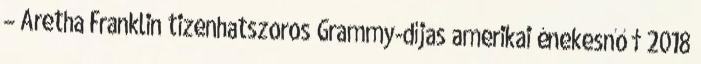
– Aretha Franklin tizenhatszoros Grammy-díjas amerikai énekesnő † 2018